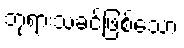
ဘုရားသခင်ဖြစ်သော